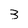
Character: 3